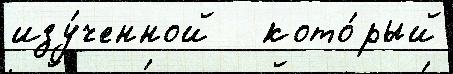
изу́ченной   кото́рый